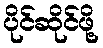
ပိုင်ဆိုင်ဖို့